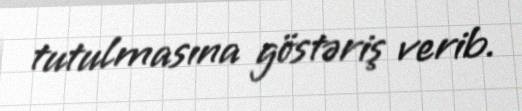
tutulmasına göstəriş verib.